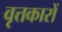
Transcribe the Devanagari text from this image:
वृत्तकारों